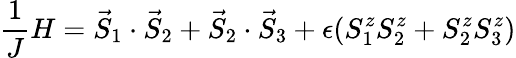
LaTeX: \frac{1}{J}H=\vec{S}_{1}\cdot\vec{S}_{2}+\vec{S}_{2}\cdot\vec{S}_{3}+\epsilon(S_{1}^{z}S_{2}^{z}+S_{2}^{z}S_{3}^{z})